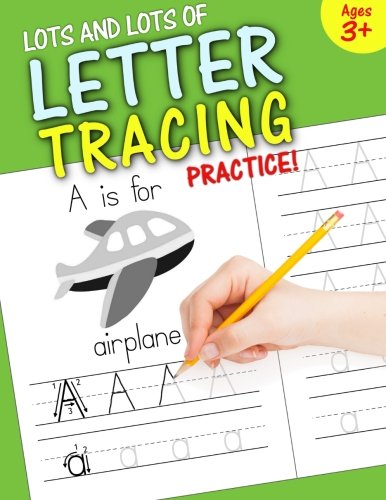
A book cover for Lots and Lots of Letter Tracing Practice!; Handwriting Time; Education & Teaching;